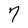
Character: 7